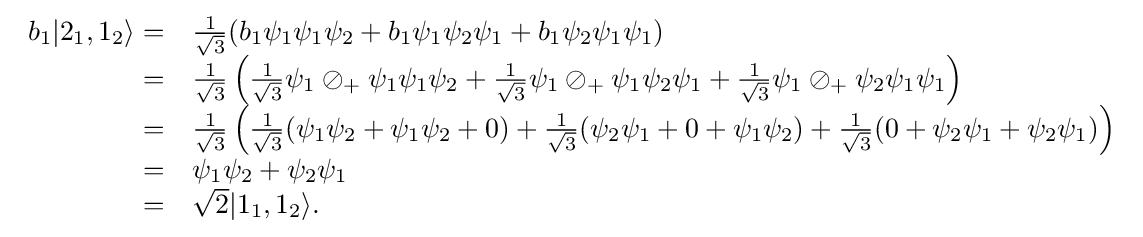
{\begin{array}{rl}b_{1}|2_{1},1_{2}\rangle =&{\frac {1}{\sqrt {3}}}(b_{1}\psi _{1}\psi _{1}\psi _{2}+b_{1}\psi _{1}\psi _{2}\psi _{1}+b_{1}\psi _{2}\psi _{1}\psi _{1})\\=&{\frac {1}{\sqrt {3}}}\left({\frac {1}{\sqrt {3}}}\psi _{1}\oslash _{+}\psi _{1}\psi _{1}\psi _{2}+{\frac {1}{\sqrt {3}}}\psi _{1}\oslash _{+}\psi _{1}\psi _{2}\psi _{1}+{\frac {1}{\sqrt {3}}}\psi _{1}\oslash _{+}\psi _{2}\psi _{1}\psi _{1}\right)\\=&{\frac {1}{\sqrt {3}}}\left({\frac {1}{\sqrt {3}}}(\psi _{1}\psi _{2}+\psi _{1}\psi _{2}+0)+{\frac {1}{\sqrt {3}}}(\psi _{2}\psi _{1}+0+\psi _{1}\psi _{2})+{\frac {1}{\sqrt {3}}}(0+\psi _{2}\psi _{1}+\psi _{2}\psi _{1})\right)\\=&\psi _{1}\psi _{2}+\psi _{2}\psi _{1}\\=&{\sqrt {2}}|1_{1},1_{2}\rangle .\end{array}}